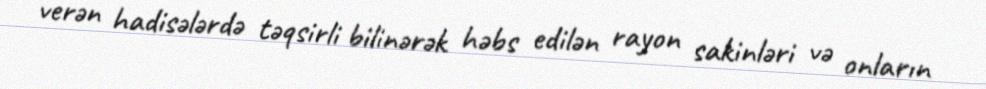
verən hadisələrdə təqsirli bilinərək həbs edilən rayon sakinləri və onların